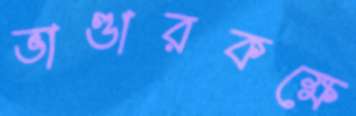
ভাণ্ডারকক্ষে